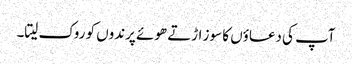
آپ کی دعاؤں کا سوز اڑتے ھوئے پرندوں کو روک لیتا۔